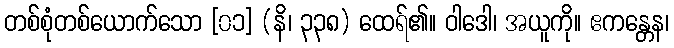
တစ်စုံတစ်ယောက်သော [၀၁] (နိ၊ ၃၃၈) ထေရ်၏။ ဝါဒေါ၊ အယူကို။ ဧကန္တေန၊